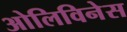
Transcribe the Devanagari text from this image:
ओलिविनेस